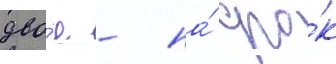
дво́е - на́ сро́к